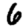
Digit: 6